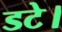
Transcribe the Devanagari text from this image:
डटे।